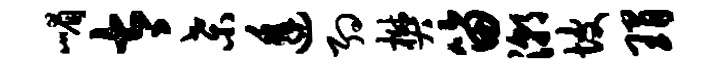
嵋太桑逢约樊笛潮坡瑁